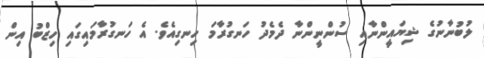
ލުބުނާނުގެ ޝިޔައީންނާއި ސުންނީންނާ ދެމެދު ހަނގުރާމަ ހިނގިއެވެ. އެ ހަނގުރާމައިގައި ހިޒްބު އިން